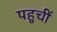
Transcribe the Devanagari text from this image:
पहुचीं